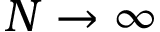
N \rightarrow \infty